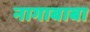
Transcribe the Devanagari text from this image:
नागाबाबा